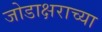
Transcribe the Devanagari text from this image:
जोडाक्षराच्या